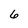
Character: 6